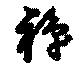
禪